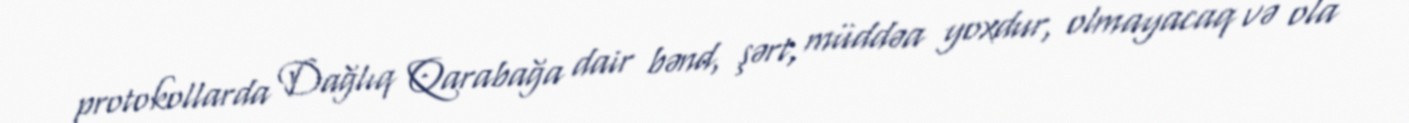
protokollarda Dağlıq Qarabağa dair bənd, şərt, müddəa yoxdur, olmayacaq və ola